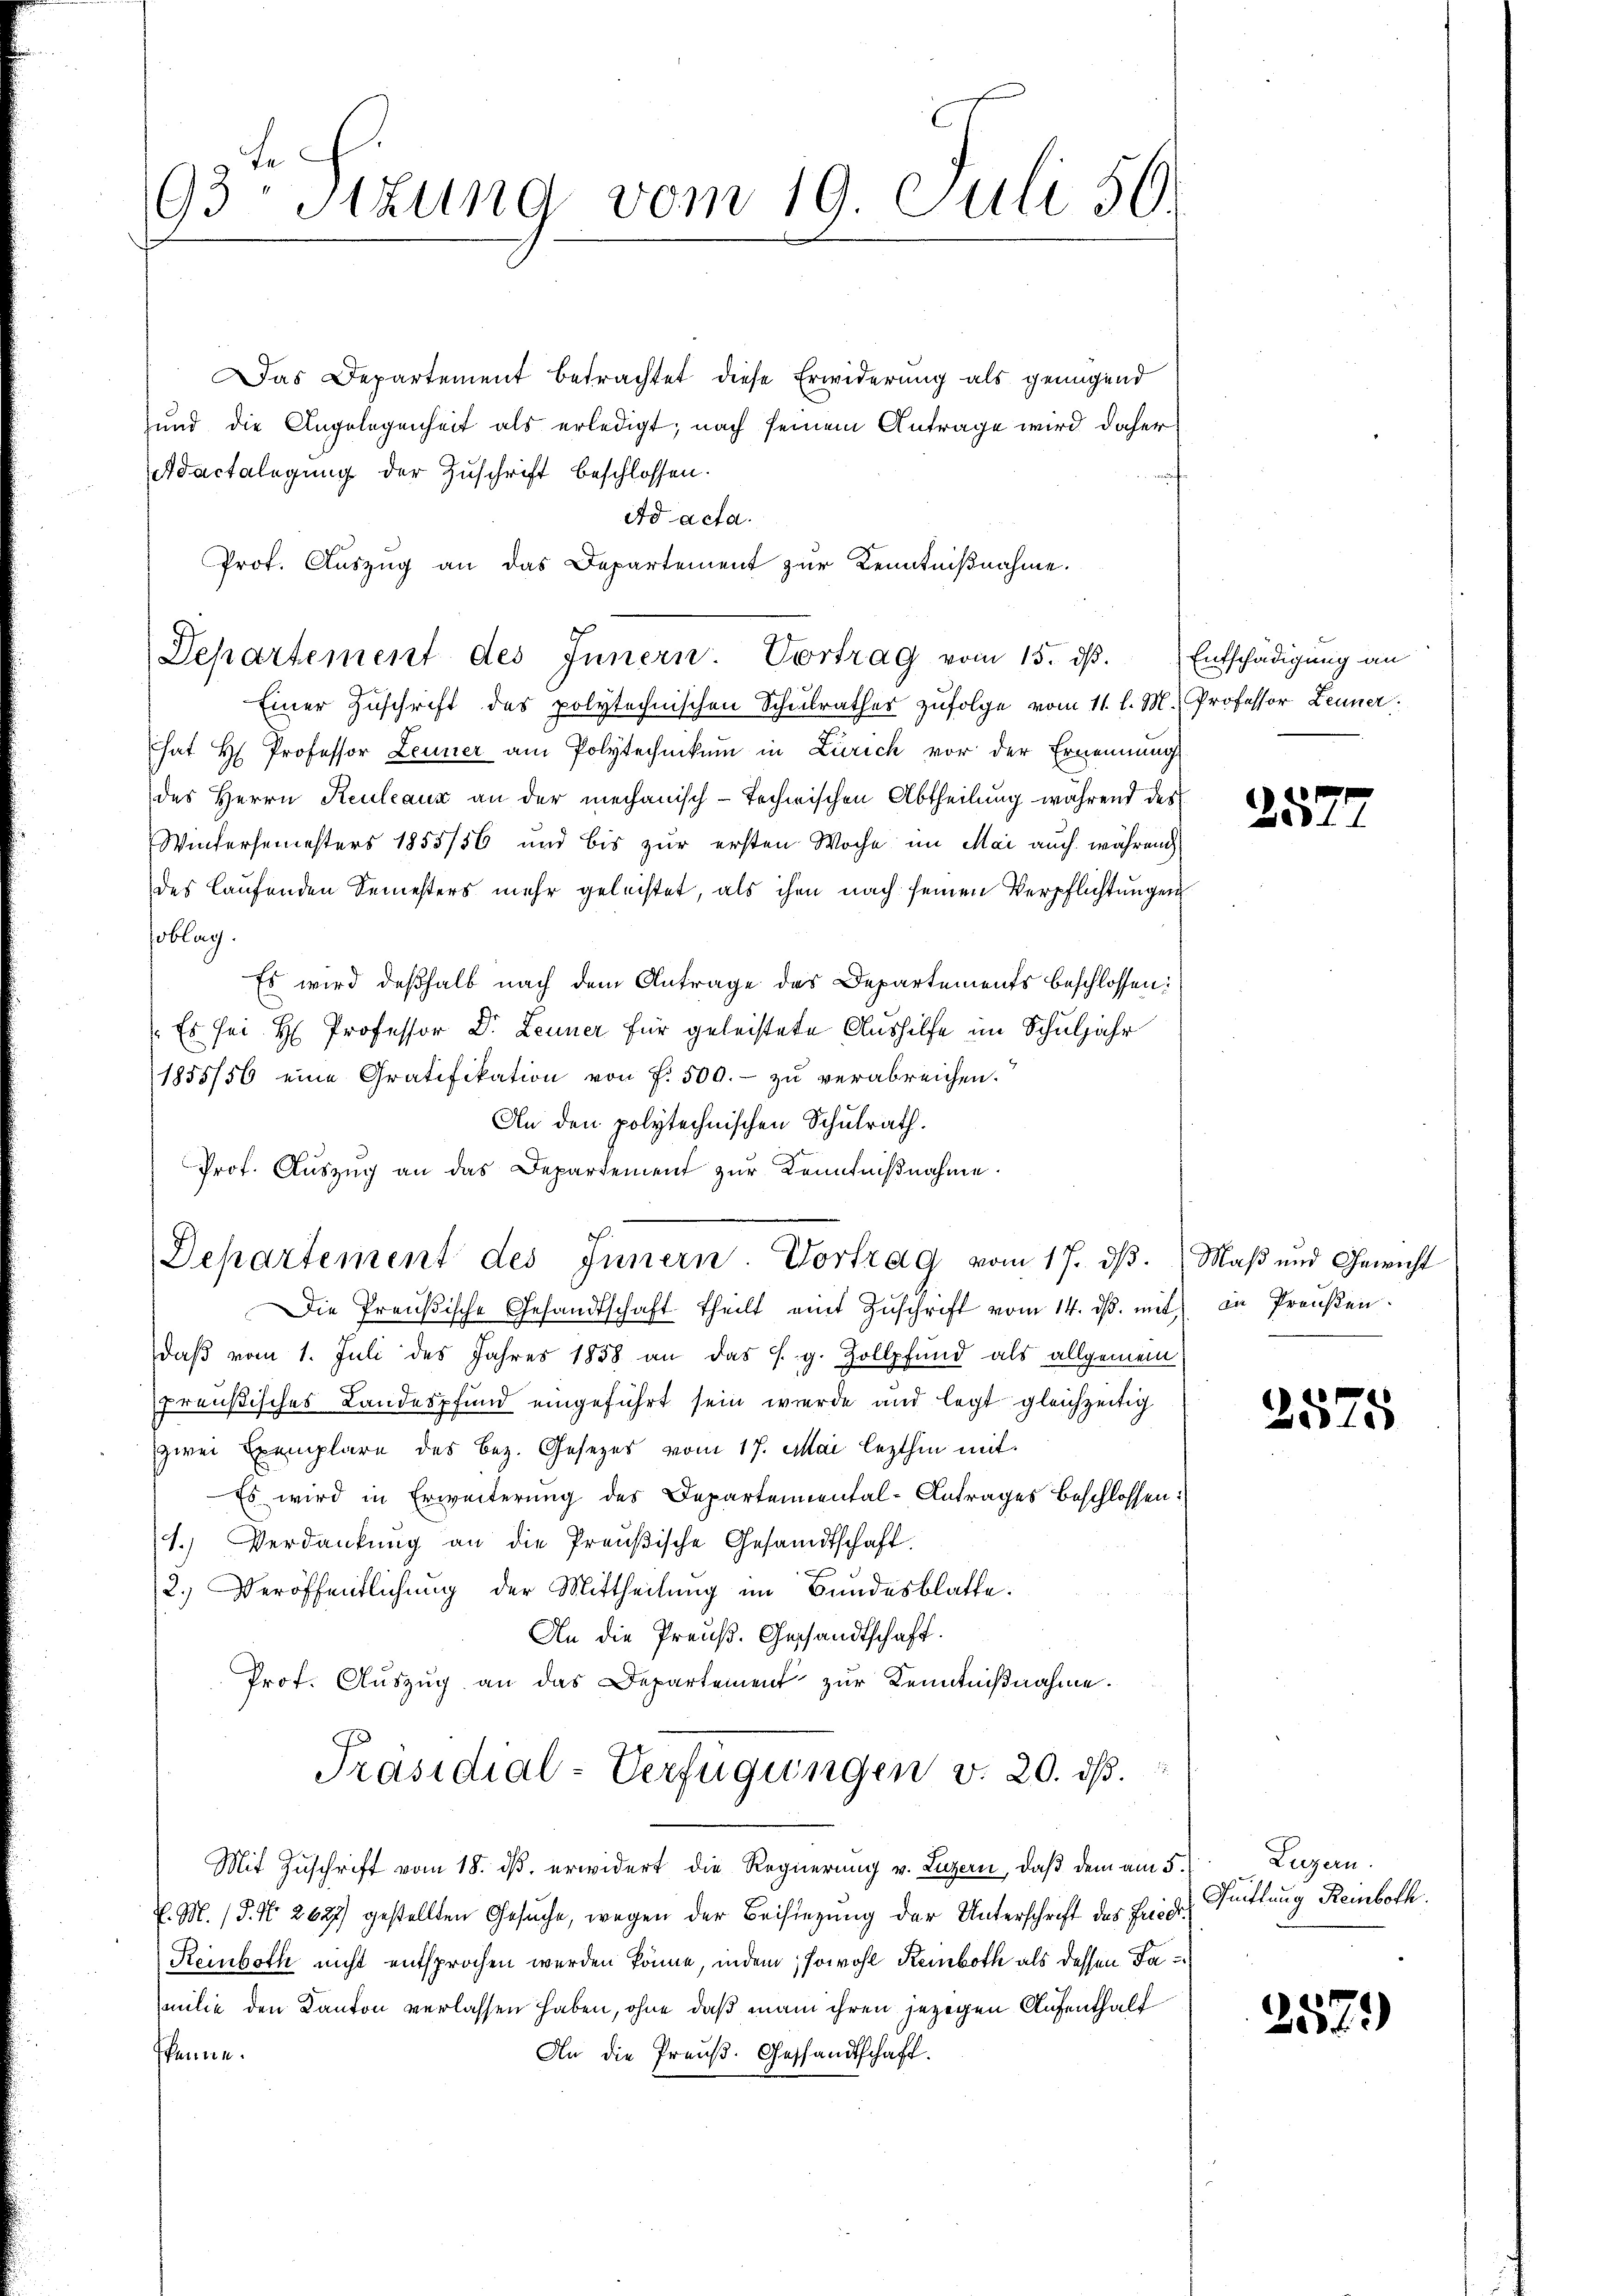
93 Sitzung vom 19. Juli 50.

Das Departement betrachtet diese Erwiderung als genügend
und die Angelegenheit als erledigt; nach seinem Antrage wird daher
Adactalegung der Zuschrift beschlossen.
Prof. Auszug an das Departement zur Kenntnißnahme.
Einer Zuschrift des polytechnischen Schulrathes zufolge vom 11. l. M. Professor Leuner
hat H. Professor Leiner am Polytechnikum in Zürich vor der Ernennung
des Herrn Reuleaux an der mechanisch-technischen Abtheilung während des
Wintersemesters 1855/56 und bis zur ersten Woche im Mai auch während
des laufenden Semesters mehr geleistet, als ihm nach seinen Verpflichtungen
soblag.
Es wird deßhalb nach dem Antrage des Departements beschlossen:
Es sei H. Professor Dr. Leuner für geleistete Aushilfe im Schuljahr
1855/56 eine Gratifikation von f. 500.- zŭ verabreichen.
An den polytechnischen Schulrath.
Prof. Auszug an das Departement zur Kenntnißnahme

Ad acta.
Departement des Innern: Vortrag vom 15. dβ. Entschädigung an

Departement des Innern. Vortrag vom 17. ds. Maß und Gewicht

Die Preußische Gesandtschaft theilt mit Zŭschrift vom 14. ds. mit in Preŭβen
daß vom 1. Juli des Jahres 1858 an das s. g. Zollpfand als allgemein
preußisches Landespfund eingeführt sein wurde und legt gleichzeitig
zwei Exemplare des Bez. Gesezes vom 17. Mai lezthin mit
Es wird in Erweiterung des Departemental-Antrages beschlossen:
1.) Verdankŭng an die Preußische Gesandtschaft.
2.) Veröffentlichung der Mittheilung im Bundesblatte.
An die Preuß. Geschandtschaft.
Prof. Auszug an das Departement zur Kenntnißnahme.
Präsidial-Verfügungen v. 20. ds.
Mit Zuschrift vom 18. dß erwidert die Regierung v. Luzern, daß dem am 5.
v. M. (§. N. 2627) gestellten Gesuche, wegen der Beisiegung der Unterschrift des Fredi¬
Reinboth nicht entsprochen werden könne, indem, sowohl Reinboth als dessen Familie den Kanton verlassen haben, ohne daß man ihren jezigen Aufenthalt
An die Preuß. Gesandtschaft.
fkenne.

257.

2575

Luzern.
Fütlung Reinboth.

2579)